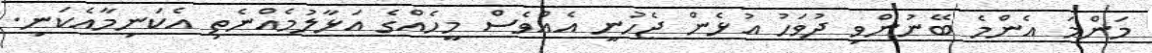
މަންމަ އެންމެ ބޭނުންވި ދުވަހު އުޅެން ޖެހުނީ އެއްވެސް މީހެއްގެ އަޅާލުމެއްނެތި އެކަނިމާއެކަނި.